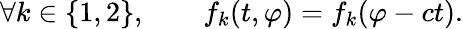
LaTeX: \forall k\in\{ 1,2\} ,\qquad f_{k}(t,\varphi)=f_{k}(\varphi-ct).